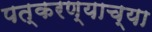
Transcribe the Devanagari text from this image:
पत्करण्याच्या